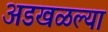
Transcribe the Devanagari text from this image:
अडखळल्या